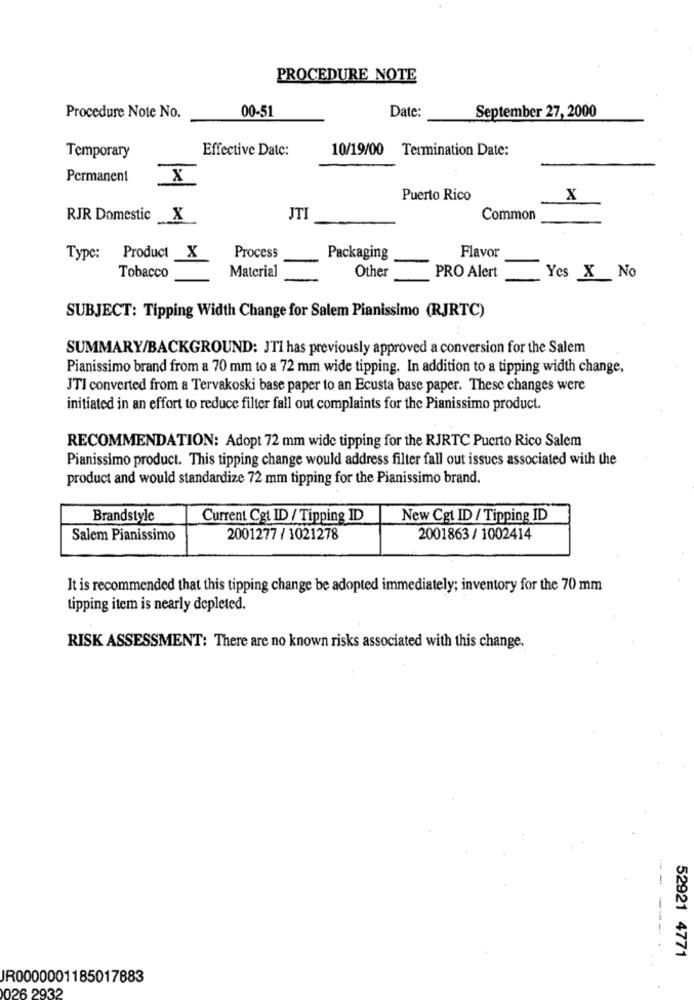
PROCEDURE NOTE
00-51
Date:
Procedure Note No.
September 27, 2000
Effective Date:
10/19/00 Termination Date:
Temporary
Permanent
X
Puerto Rico
X
RJR Domestic X
JTI
Common
Type: Product X
Process
Packaging
Flavor
Tobacco
Material
Other
PRO Alert
Yes X No
SUBJECT: Tipping Width Change for Salem Pianissimo (RJRTC)
SUMMARY/BACKGROUND: JTI has previously approved a conversion for the Salem
Pianissimo brand from a 70 mm to a 72 mm wide tipping. In addition to a tipping width change,
JTI converted from a Tervakoski base paper to an Ecusta base paper. These changes were
initiated in an effort to reduce filter fall out complaints for the Pianissimo product.
RECOMMENDATION: Adopt 72 mm wide tipping for the RJRTC Puerto Rico Salem
Pianissimo product. This tipping change would address filter fall out issues associated with the
product and would standardize 72 mm tipping for the Pianissimo brand.
Brandstyle
Current Cgt ID / Tipping ID
New Cgt ID / Tipping ID
Salem Pianissimo
2001277 / 1021278
2001863 / 1002414
It is recommended that this tipping change be adopted immediately; inventory for the 70 mm
tipping item is nearly depleted.
RISK ASSESSMENT: There are no known risks associated with this change.
---
----
52921 4771
IR0000001185017883
026 2932